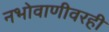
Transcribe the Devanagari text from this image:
नभोवाणीवरही